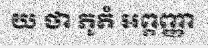
យ ថា ភូតំ អព្ភញ្ញា